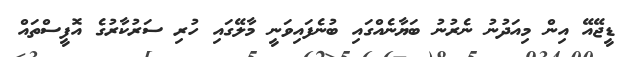
ޑީޖޭއޭ އިން މިއަދުނު ނެރުނު ބަޔާނެއްގައި ބުނެފައިވަނީ މާލޭގައި ހުރި ސަރުކާރުގެ އޮފީސްތައް